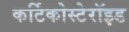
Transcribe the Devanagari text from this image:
कर्टिकोस्टेरॉइड